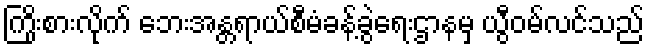
ကြိုးစားလိုက် ဘေးအန္တရာယ်စီမံခန့်ခွဲရေးဌာနမှ ယွီဝမ်လင်သည်